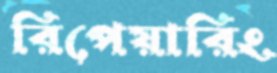
রিপেয়ারিং